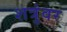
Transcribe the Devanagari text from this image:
शत्रुंवर